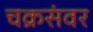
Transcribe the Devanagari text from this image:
चक्रसंवर